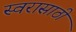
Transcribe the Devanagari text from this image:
स्वरासाठी